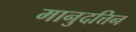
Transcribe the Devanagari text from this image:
मानुदत्तिन